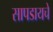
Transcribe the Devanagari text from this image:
सापडायचे